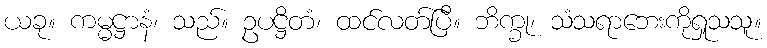
ယခု။ ကမ္မဋ္ဌာနံ၊ သည်။ ဥပဋ္ဌိတံ၊ ထင်လတ်ပြီ။ ဘိက္ခု၊ သံသရာဘေးကိုရှုသသူ။